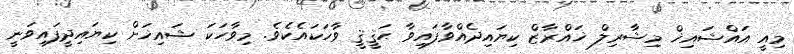
މިއީ އައްޝައިޚް މިޝާރިލް ޚައްރާޒް ކިޔައިދެއްވާފައިވާ ޙަޤީޤީ ވާހަކައެކެވެ. މިވާހަކަ ޝައިޚަށް ކިޔައިދީފައިވަނީ